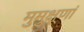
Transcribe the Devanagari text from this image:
मुमुक्षूणां